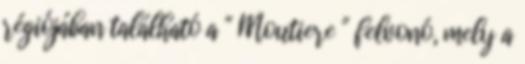
régiójában található a " Moutiere " felvonó, mely a